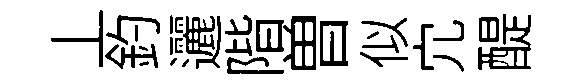
丄釣邐階曽似宂醍